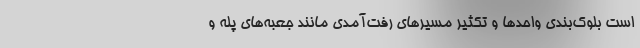
است بلوک‌بندی واحدها و تکثیر مسیرهای رفت‌آمدی مانند جعبه‌های پله و